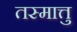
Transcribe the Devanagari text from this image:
तस्मात्तु